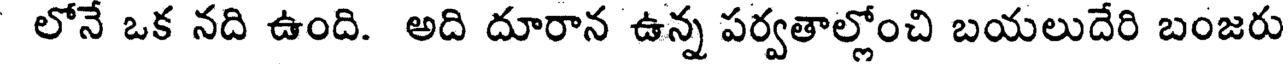
లోనే ఒక నది ఉంది. అది దూరాన ఉన్న పర్వతాల్లోంచి బయలుదేరి బంజరు